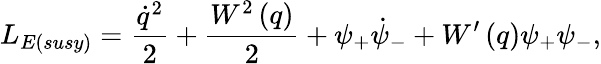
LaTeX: L_{E({susy})}=\frac{\dot{q}^{2}}{2}+\frac{W^{2}\left(q\right)}{2}+\psi_{+}\dot{\psi}_{-}+W^{\prime}\left(q\right)\psi_{+}\psi_{-},